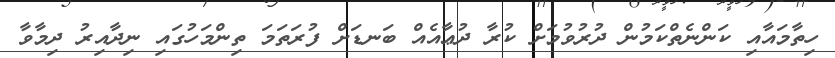
ހިތާމައާއި ކަންނެތްކަމުން ދުރުވުމަށް ކުރާ ދުޢާއެއް ބަނޑަށް ފުރަތަމަ ތިންމަހުގައި ނިދާއިރު ދިމާވާ